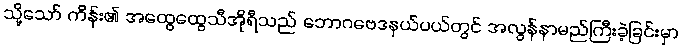
သို့သော် ကိန်း၏ အထွေထွေသီအိုရီသည် ဘောဂဗေဒနယ်ပယ်တွင် အလွန်နာမည်ကြီးခဲ့ခြင်းမှာ